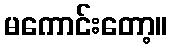
မကောင်းတော့။